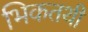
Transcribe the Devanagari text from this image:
भिकतथी